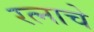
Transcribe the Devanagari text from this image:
रत्नाचे